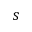
s